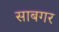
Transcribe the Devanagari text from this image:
साबगर